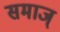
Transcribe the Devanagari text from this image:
समाज्